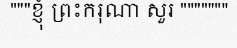
"""ខ្ញុំ ព្រះករុណា សួរ """""""